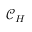
\mathcal { C } _ { H }